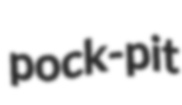
pock-pit